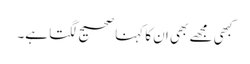
کبھی مجھے بھی ان کا کہنا صحیح لگتا ہے۔